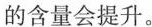
的含量会提升。